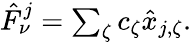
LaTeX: \begin{array}{r}{\hat{F}_{\nu}^{j}=\sum_{\zeta}c_{\zeta}\hat{x}_{j,\zeta}.}\end{array}